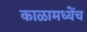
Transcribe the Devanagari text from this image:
काळामध्येंच